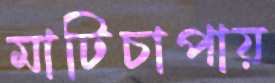
মাটিচাপায়